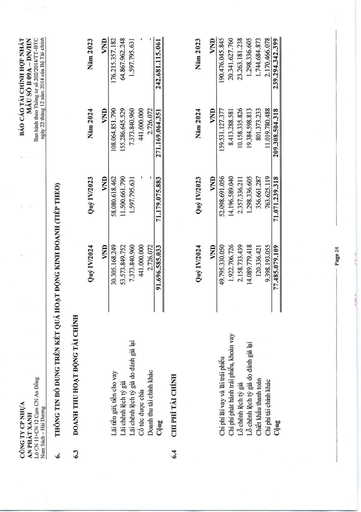
||Quý IV/2024|Quý IV/2023|Năm 2024|Năm 2023| |---|---|---|---|---| ||VND|VND|VND|VND| |Lãi tiền gửi, tiền cho vay|30.305.168.249|58.080.618.462|108.064.851.790|176.215.357.182| |Lãi chênh lệch tỷ giá|53.573.849.752|11.500.661.790|155.286.645.529|64.867.962.248| |Lãi chênh lệch tỷ giá do đánh giá lại|7.373.840.960|1.597.795.631|7.373.840.960|1.597.795.631| |Cổ tức được chia|441.000.000||441.000.000|-| |Doanh thu tài chính khác|2.726.072||2.726.072|| |Cộng|91.696.585.033|71.179.075.883|271.169.064.351|242.681.115.061| ||Quý IV/2024|Quý IV/2023|Năm 2024|Năm 2023| |---|---|---|---|---| ||VND|VND|VND|VND| |Chi phí lãi vay và lãi trái phiếu|49.795.330.050|52.098.691.056|159.531.127.377|190.476.045.845| |Chi phí phát hành trái phiếu, khoản vay|1.922.706.726|14.196.589.040|8.413.288.581|20.341.627.760| |Lỗ chênh lệch tỷ giá|2.158.733.439|2.357.336.211|10.158.335.826|23.263.181.238| |Lỗ chênh lệch tỷ giá do đánh giá lại|14.089.779.418|1.298.336.605|19.384.598.813|1.298.336.605| |Chiết khấu thanh toán|120.336.421|356.661.287|801.373.233|1.744.684.873| |Chi phí tài chính khác|9.398.193.055|763.625.119|11.019.780.488|2.170.466.078| |Cộng|77.485.079.109|71.071.239.318|209.308.504.318|239.294.342.399|